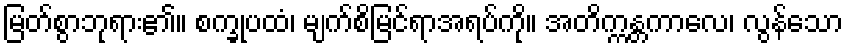
မြတ်စွာဘုရား၏။ စက္ခုပထံ၊ မျက်စိမြင်ရာအရပ်ကို။ အတိက္ကန္တကာလေ၊ လွန်သော